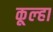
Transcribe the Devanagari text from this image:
कूल्‍हा